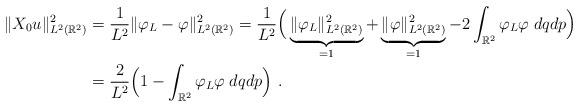
LaTeX: \begin{align*}\displaystyle\|X_0u\|^2_{L^2(\mathbb{R}^2)}&=\frac{1}{L^2}\|\varphi_L-\varphi\|^2_{L^2(\mathbb{R}^2)}=\frac{1}{L^2}\Big(\underbrace{\|\varphi_L\|^2_{L^2(\mathbb{R}^2)}}_{=1}+\underbrace{\|\varphi\|^2_{L^2(\mathbb{R}^2)}}_{=1}-2\int_{\mathbb{R}^2}\varphi_L\varphi\; dqdp\Big)\\&=\frac{2}{L^2}\Big(1-\int_{\mathbb{R}^2}\varphi_L\varphi\;dqdp\Big){~.}\end{align*}